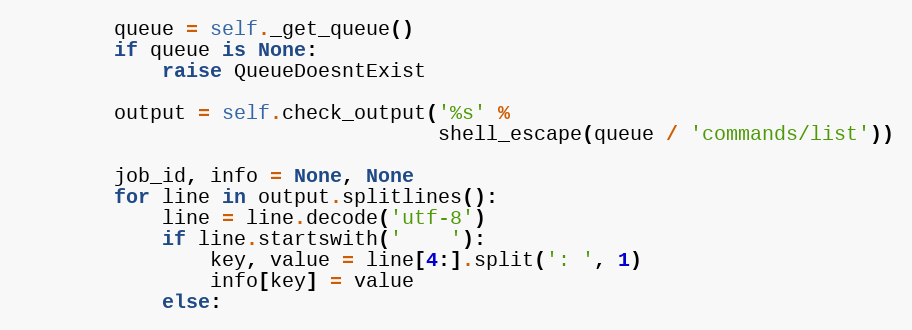
Language: Python
        queue = self._get_queue()
        if queue is None:
            raise QueueDoesntExist

        output = self.check_output('%s' %
                                   shell_escape(queue / 'commands/list'))

        job_id, info = None, None
        for line in output.splitlines():
            line = line.decode('utf-8')
            if line.startswith('    '):
                key, value = line[4:].split(': ', 1)
                info[key] = value
            else: